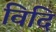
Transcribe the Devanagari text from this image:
विदि